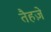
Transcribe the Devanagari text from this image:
तैहज़े